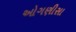
ઓગણીસા